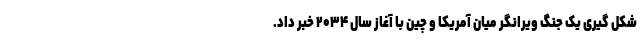
شکل گیری یک جنگ ویرانگر میان آمریکا و چین با آغاز سال ۲۰۳۴ خبر داد.